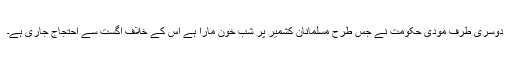
دوسری طرف مودی حکومت نے جس طرح مسلمانانِ کشمیر پر شب خون مارا ہے اس کے خلاف اگست سے احتجاج جاری ہے۔